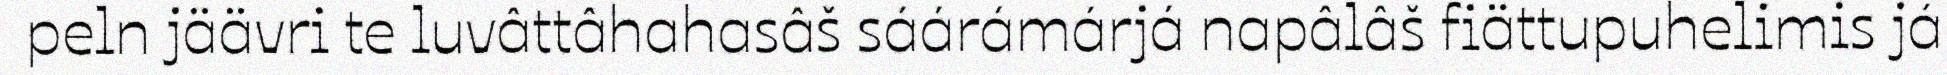
peln jäävri te luvâttâhahasâš sáárámárjá napâlâš fiättupuhelimis já